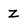
Character: z